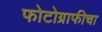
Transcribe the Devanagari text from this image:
फोटोग्राफीचा